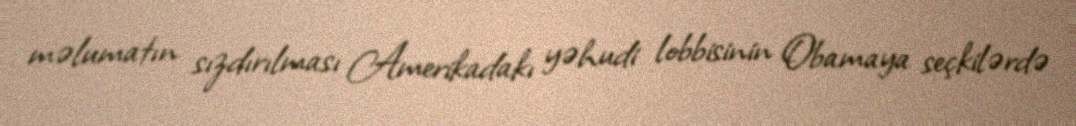
məlumatın sızdırılması Amerikadakı yəhudi lobbisinin Obamaya seçkilərdə